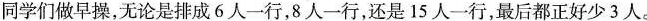
同学们做早操，无论是排成6人一行，8人一行，还是15人一行，最后都正好少3人。